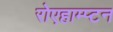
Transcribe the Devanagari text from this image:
रोएहाम्प्टन